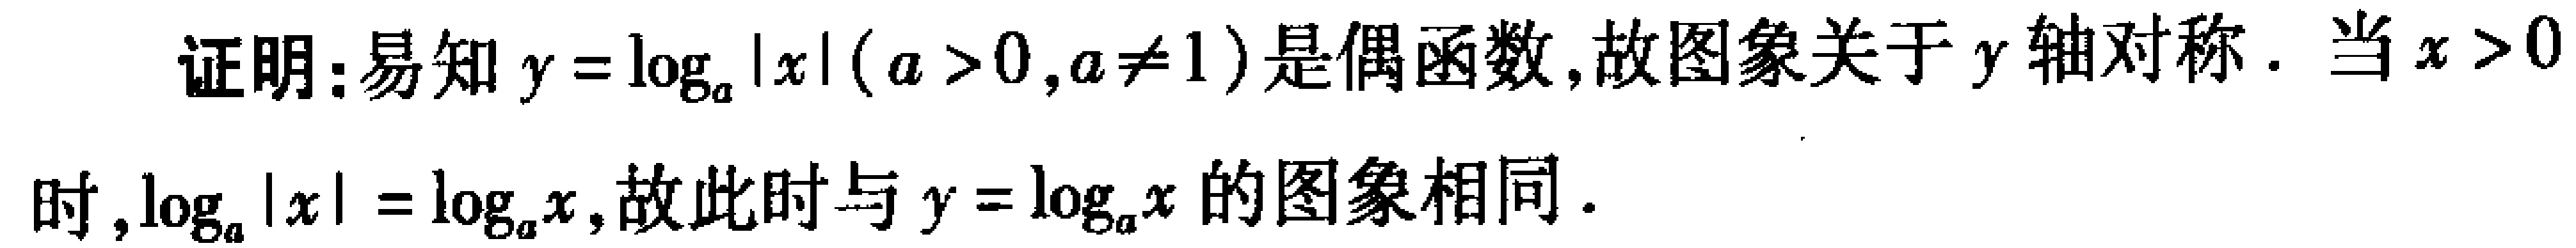
证明：易知\(y = \log_{a}|x|(a > 0,a\neq1)\)是偶函数,故图象关于\(y\)轴对称. 当\(x > 0\)时,\(\log_{a}|x|=\log_{a}x\),故此时与\(y = \log_{a}x\)的图象相同.